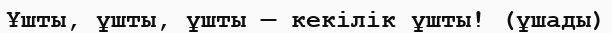
Ұшты, ұшты, ұшты — кекілік ұшты! (ұшады)